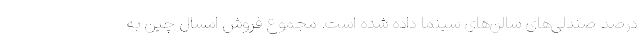
درصد صندلی‌های سالن‌های سینما داده شده است. مجموع فروش امسال چین به